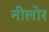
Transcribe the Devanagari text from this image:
नीलोर